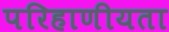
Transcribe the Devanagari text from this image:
परिहाणीयता